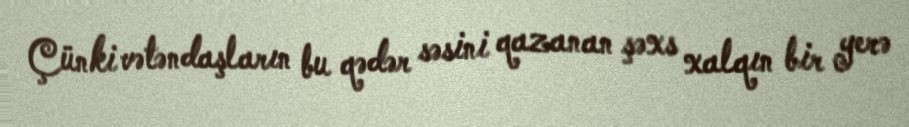
Çünki vətəndaşların bu qədər səsini qazanan şəxs xalqın bir yerə